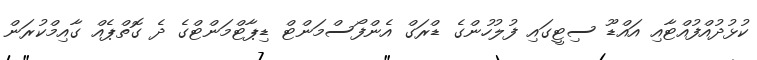
ކުޅުދުއްފުއްޓާއި އައްޑޫ ސިޓީގައި ފުލުުހުންގެ ޑްރަގް އެންފޯސްމަންޓް ޑިޕާޓްމަންޓްގެ ދެ ގޮތްޕެއް ގާއިމްކުރަން